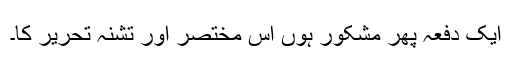
ایک دفعہ پھر مشکور ہوں اس مختصر اور تشنہ تحریر کا۔